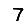
Digit: 7